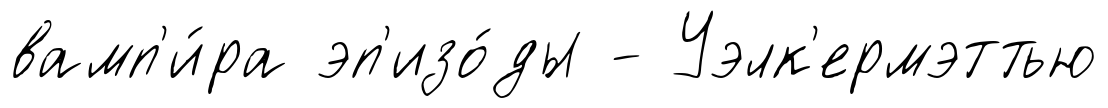
вамп'и́ра эп'изо́ды - Уэлк'ермэттью